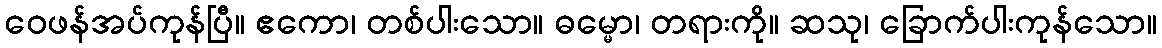
ဝေဖန်အပ်ကုန်ပြီ။ ဧကော၊ တစ်ပါးသော။ ဓမ္မော၊ တရားကို။ ဆသု၊ ခြောက်ပါးကုန်သော။